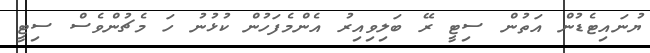
ޔުނައިޓެޑުން އަތުން ސިޓީ ރޭ ބަލިވިއިރު އެންމެފަހުން ކުޅުނު ހަ މެޗުންވެސް ސިޓީ